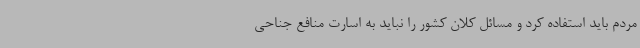
مردم باید استفاده کرد و مسائل کلان کشور را نباید به اسارت منافع جناحی